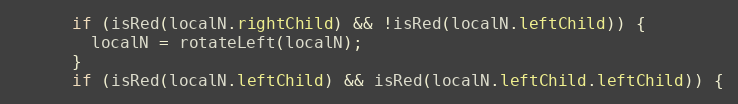
Language: Java
      if (isRed(localN.rightChild) && !isRed(localN.leftChild)) {
        localN = rotateLeft(localN);
      }
      if (isRed(localN.leftChild) && isRed(localN.leftChild.leftChild)) {